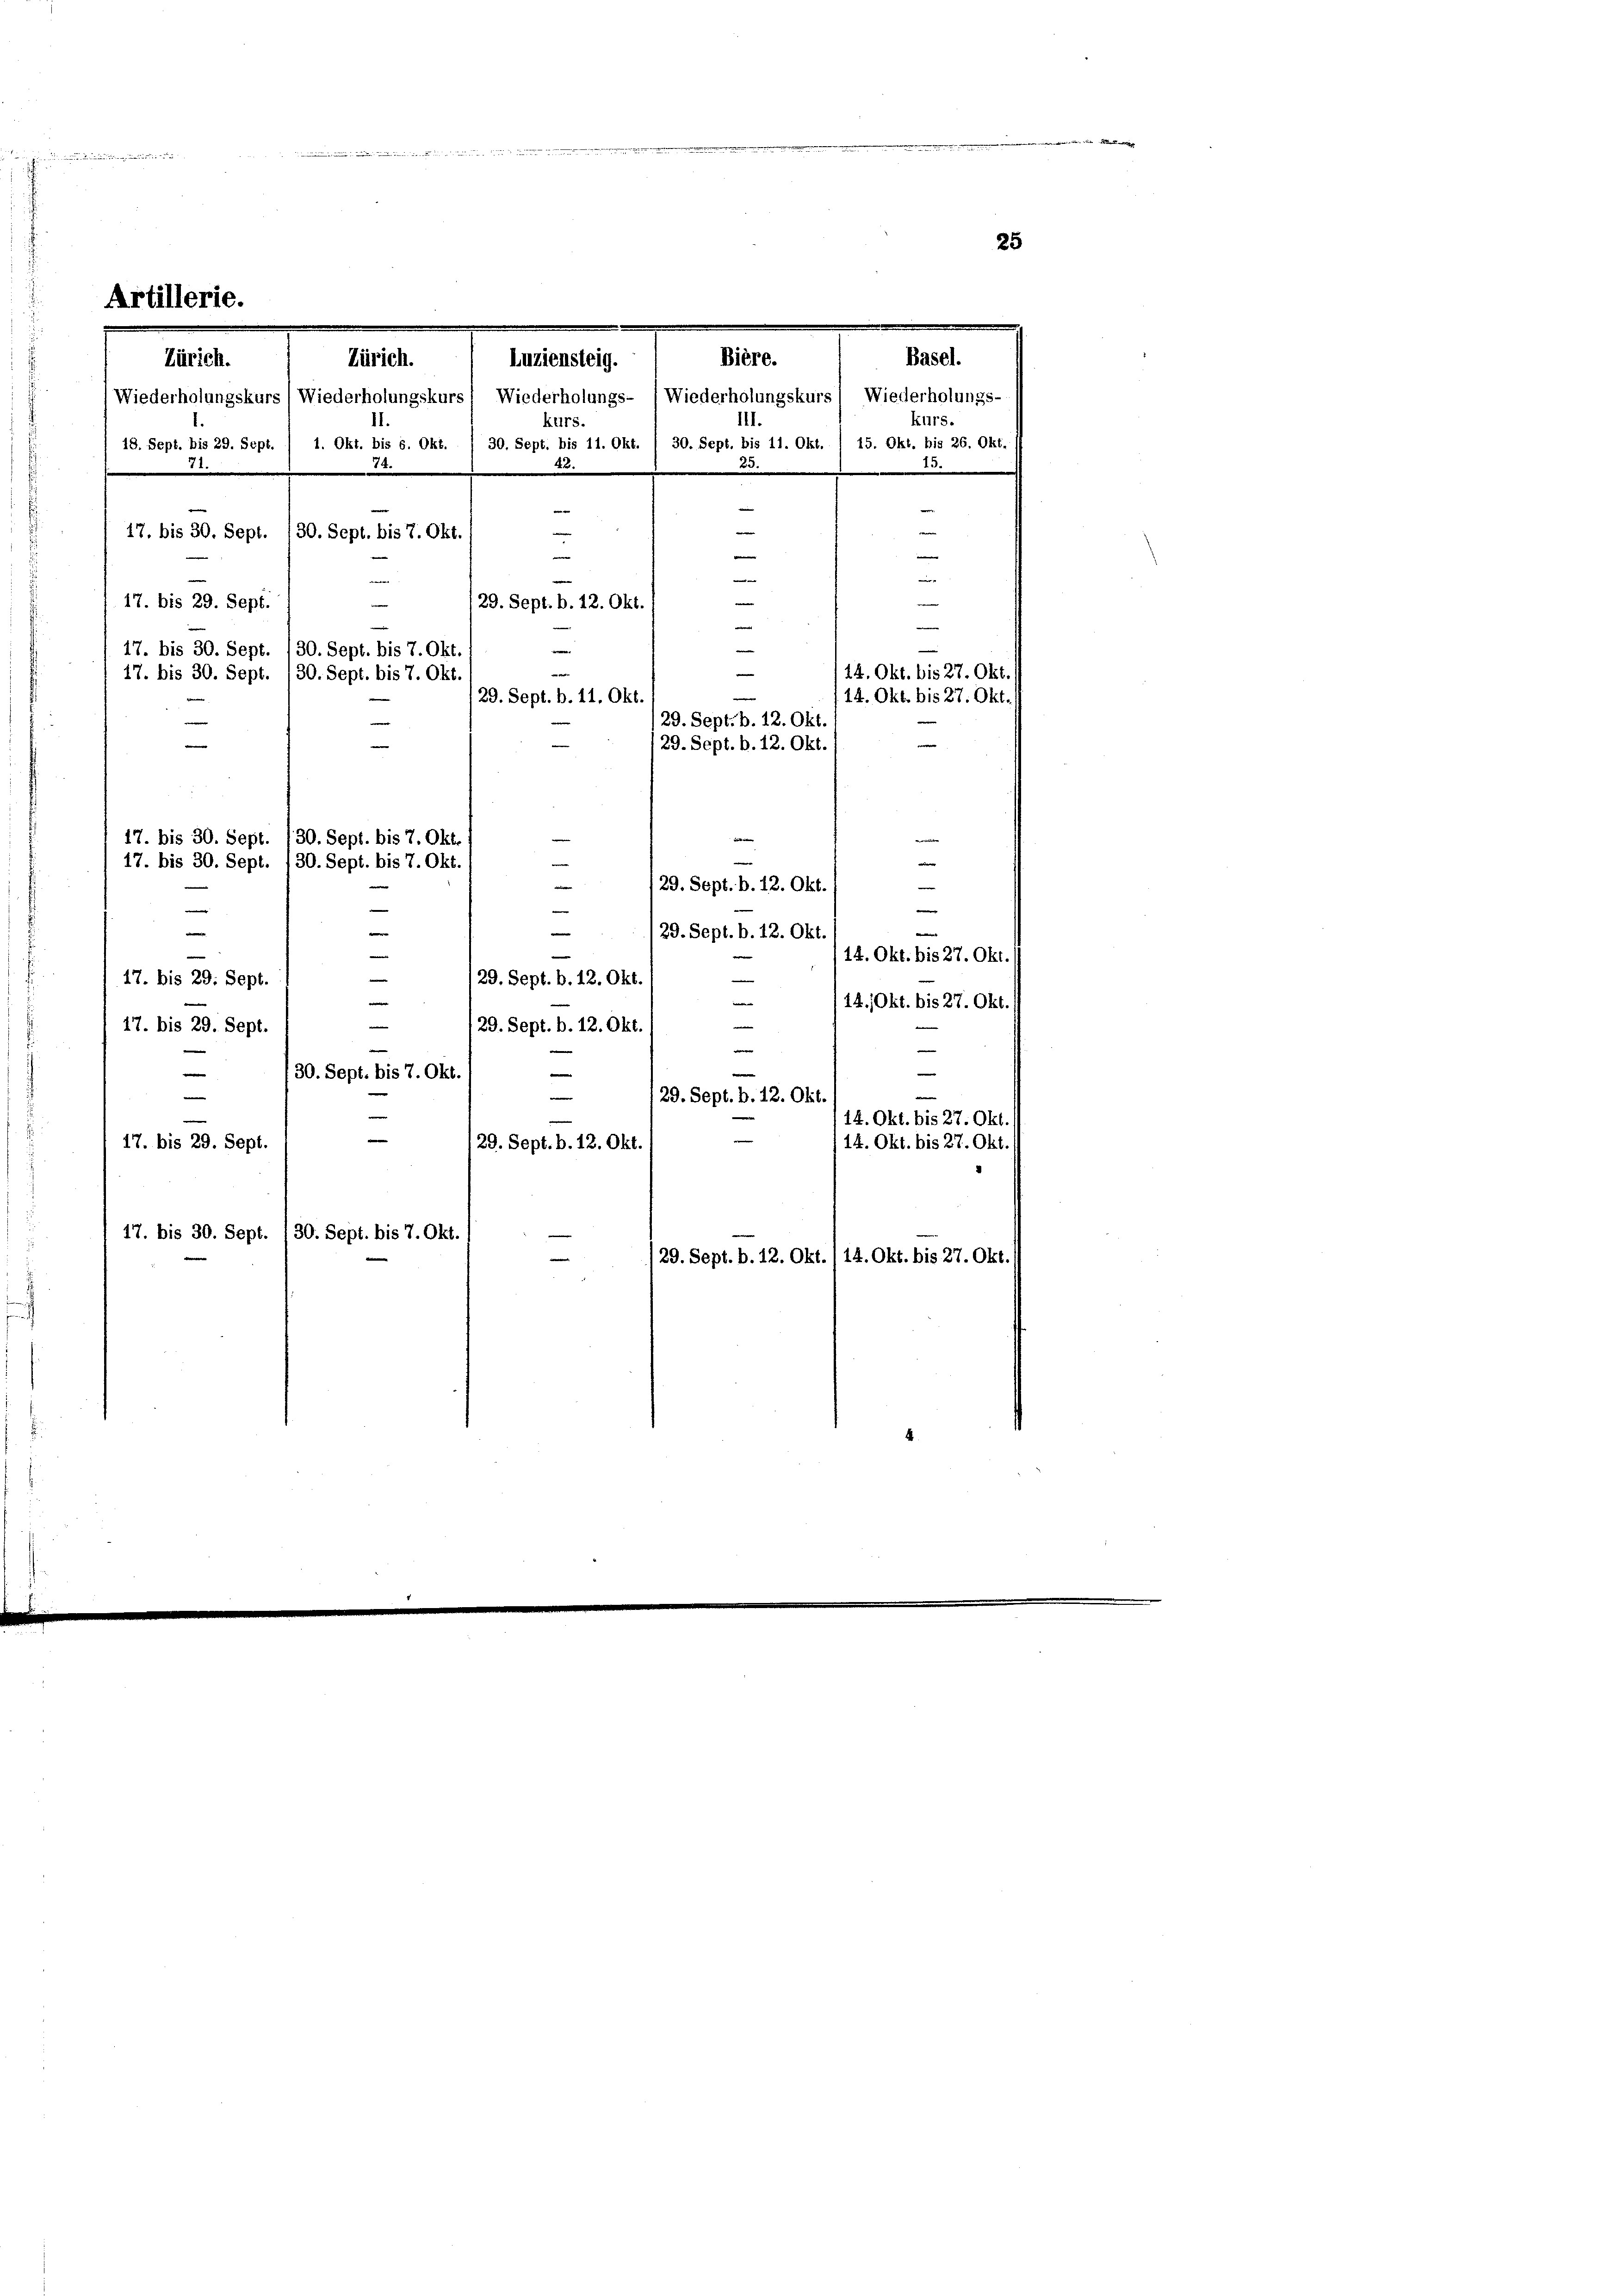
d

Artille

Zürich.
2
17. bis 30. Sept.
17. bis 29. Sept.

17. bis 29. Sept.
e
17. bis 29. Sept.

e

winen
i
e
e
e
e
e
e
e
129. Sept. b. 12. Okt.
e
e
e
¬
w
17. bis 30. Sept. 130. Sept. bis 7. Okt.
n
14. Okt. bis 27. Okt.
17. bis 30. Sept.
130. Sept. bis 7. Okt.
14. Okt. bis 27. Okt.
29. Sept. b. 11. Okt.
e
29. Sept. b. 12. Okt.
e
29. Sept. b. 12. Okt.
e
17. bis 30. Sept.
i
30. Sept. bis 7. Okt.
30. Sept. bis 7. Okt.
17. bis 30. Sept.
29. Sept. b. 12. Okt.
e
e

e
17. bis 29. Sept.

Zürich. Luziensteig.

74.
30. Sept. bis 7. Okt.

Bière.
Basel.
Wiederholungskurs (Wiederholungskurs) Wiederholungs- / Wiederholungskurs) Wiederholungs-
kurs.
III.
kurs.
18. Sept. bis 29. Sept. / 1. Okt. bis 6. Okt. I 30. Sept. bis 11. Okt. I 30. Sept. bis 11. Okt. / 15. Okt. bis 26. Okt.
42.

23.

29. Sept. b. 12. Okt.

Lnter
e
129. Sept. b. 12. Okt.
14. Okt. bis 27. Okt./
129. Sept. b. 12. Okt.
e
14. Okt. bis 27. Okt. 11
e
e
|
e
we
e
30. Sept. bis 7. Okt.
e
29. Sept. b. 12. Okt.
114. Okt. bis 27. Okt./
14. Okt. bis 27. Okt.
29. Sept. b. 12. Okt.
e
17. bis 30. Sept. (30. Sept. bis 7. Okt. (
/29. Sept. b. 12. Okt./14. Okt. bis 27. Okt.
e

25

, die